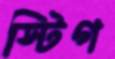
স্টিগ